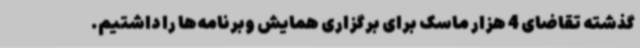
گذشته تقاضای 4 هزار ماسک برای برگزاری همایش وبرنامه‌ها را داشتیم.